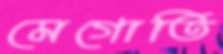
মেগোতি